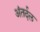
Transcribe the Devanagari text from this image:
अंतर्दल